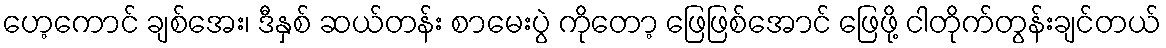
ဟေ့ကောင် ချစ်အေး၊ ဒီနှစ် ဆယ်တန်း စာမေးပွဲ ကိုတော့ ဖြေဖြစ်အောင် ဖြေဖို့ ငါတိုက်တွန်းချင်တယ်